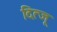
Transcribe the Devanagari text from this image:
दित्जू